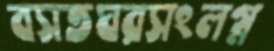
বসতঘরসংলগ্ন